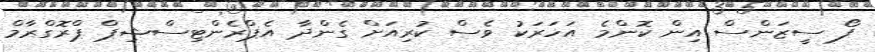
ފޯ ސީޒަންސް އިން ކޮންމެ އަހަރަކު ވެސް ކުރިއަށް ގެންދާ އެޕްރެންޓިސްޝިޕް ޕްރޮގްރާމް